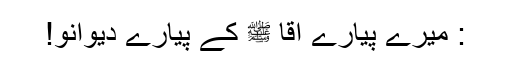
: میرے پیارے آقا ﷺ کے پیارے دیوانو!